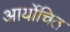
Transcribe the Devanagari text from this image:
आर्योचित